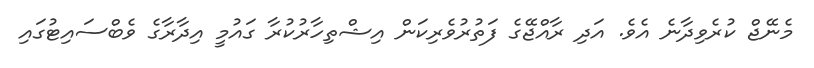
މެނޭޖް ކުރެވިދާނެ އެވެ. އަދި ރާއްޖޭގެ ފަތުރުވެރިކަން އިޝްތިހާރުކުރާ ގައުމީ އިދާރާގެ ވެބްސައިޓުގައި